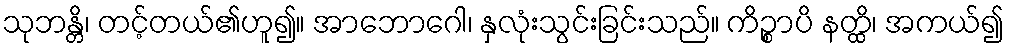
သုဘန္တိ၊ တင့်တယ်၏ဟူ၍။ အာဘောဂေါ၊ နှလုံးသွင်းခြင်းသည်။ ကိဉ္စာပိ နတ္ထိ၊ အကယ်၍